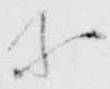
等